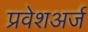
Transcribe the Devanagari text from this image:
प्रवेशअर्ज